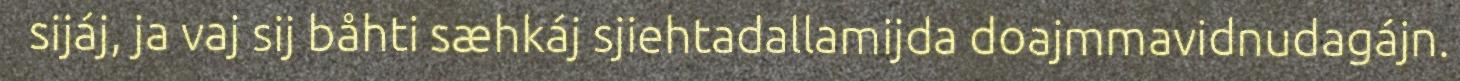
sijáj, ja vaj sij båhti sæhkáj sjiehtadallamijda doajmmavidnudagájn.